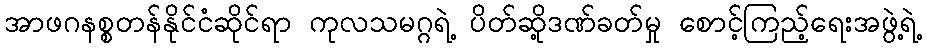
အာဖဂနစ္စတန်နိုင်ငံဆိုင်ရာ ကုလသမဂ္ဂရဲ့ ပိတ်ဆို့ဒဏ်ခတ်မှု စောင့်ကြည့်ရေးအဖွဲ့ရဲ့